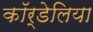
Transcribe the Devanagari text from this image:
कॉर्डेलिया